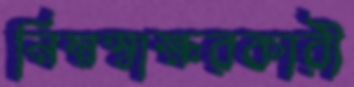
নিম্নস্বাক্ষরকারী